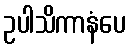
ဥပါသိကာနံပေ